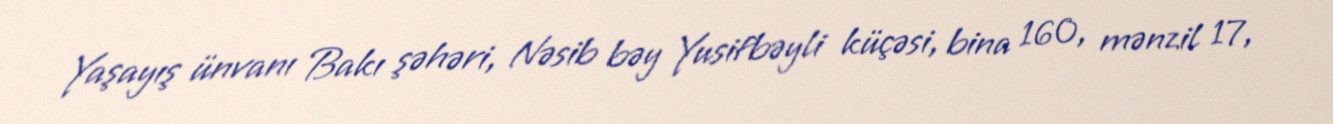
Yaşayış ünvanı Bakı şəhəri, Nəsib bəy Yusifbəyli küçəsi, bina 160, mənzil 17,